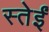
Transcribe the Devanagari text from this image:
स्तेईं